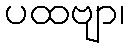
ပထဗျာ၊